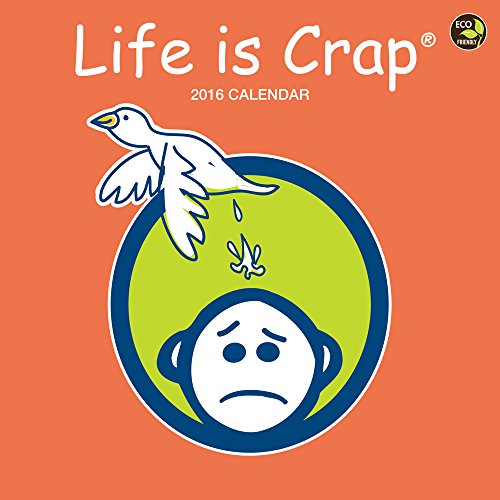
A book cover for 2016 Life is Crap Wall Calendar; Life is Crap; Calendars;